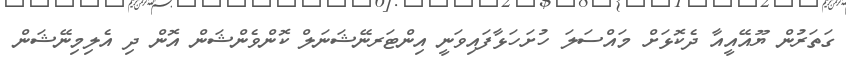
ގަތަރުން ޔޫއޭއީއާ ދެކޮޅަށް މައްސަލަ ހުށަހަޅާފައިވަނީ އިންޓަރނޭޝަނަލް ކޮންވެންޝަން އޮން ދި އެލިމިނޭޝަން